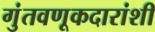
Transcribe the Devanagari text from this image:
गुंतवणूकदारांशी